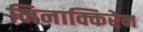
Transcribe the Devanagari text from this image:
निनाक्किरेन